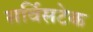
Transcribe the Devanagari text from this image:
सर्विसटेक